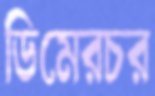
ডিমেরচর